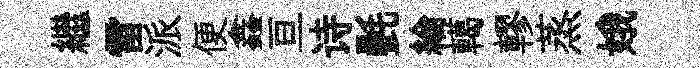
繼雷派便鑫亘诗㲲綸轕轇蒸娥